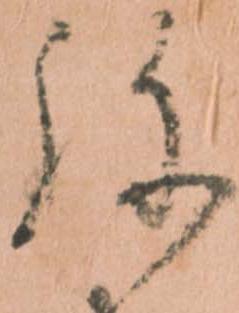
弥